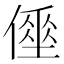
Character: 𠍮